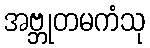
အဗ္ဘုတမကံသု